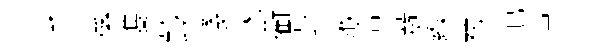
乎係㕠鈴賤冰衢芝液涪蔟緱祊范貯